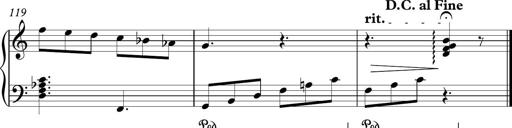
Title: Piano Sonatina in C
Composer: Daniel LÃ©o Simpson
Key: C major